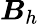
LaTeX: \boldsymbol{B}_{h}